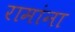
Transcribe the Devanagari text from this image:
रामांना